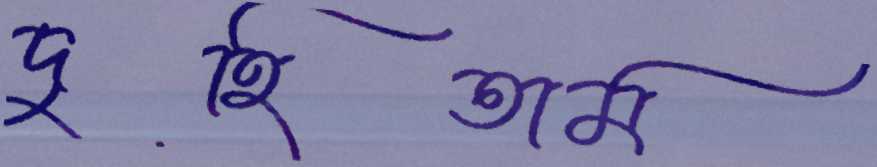
দুহিতাম